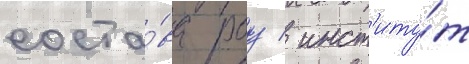
соста́ва роу / инст'иту́т